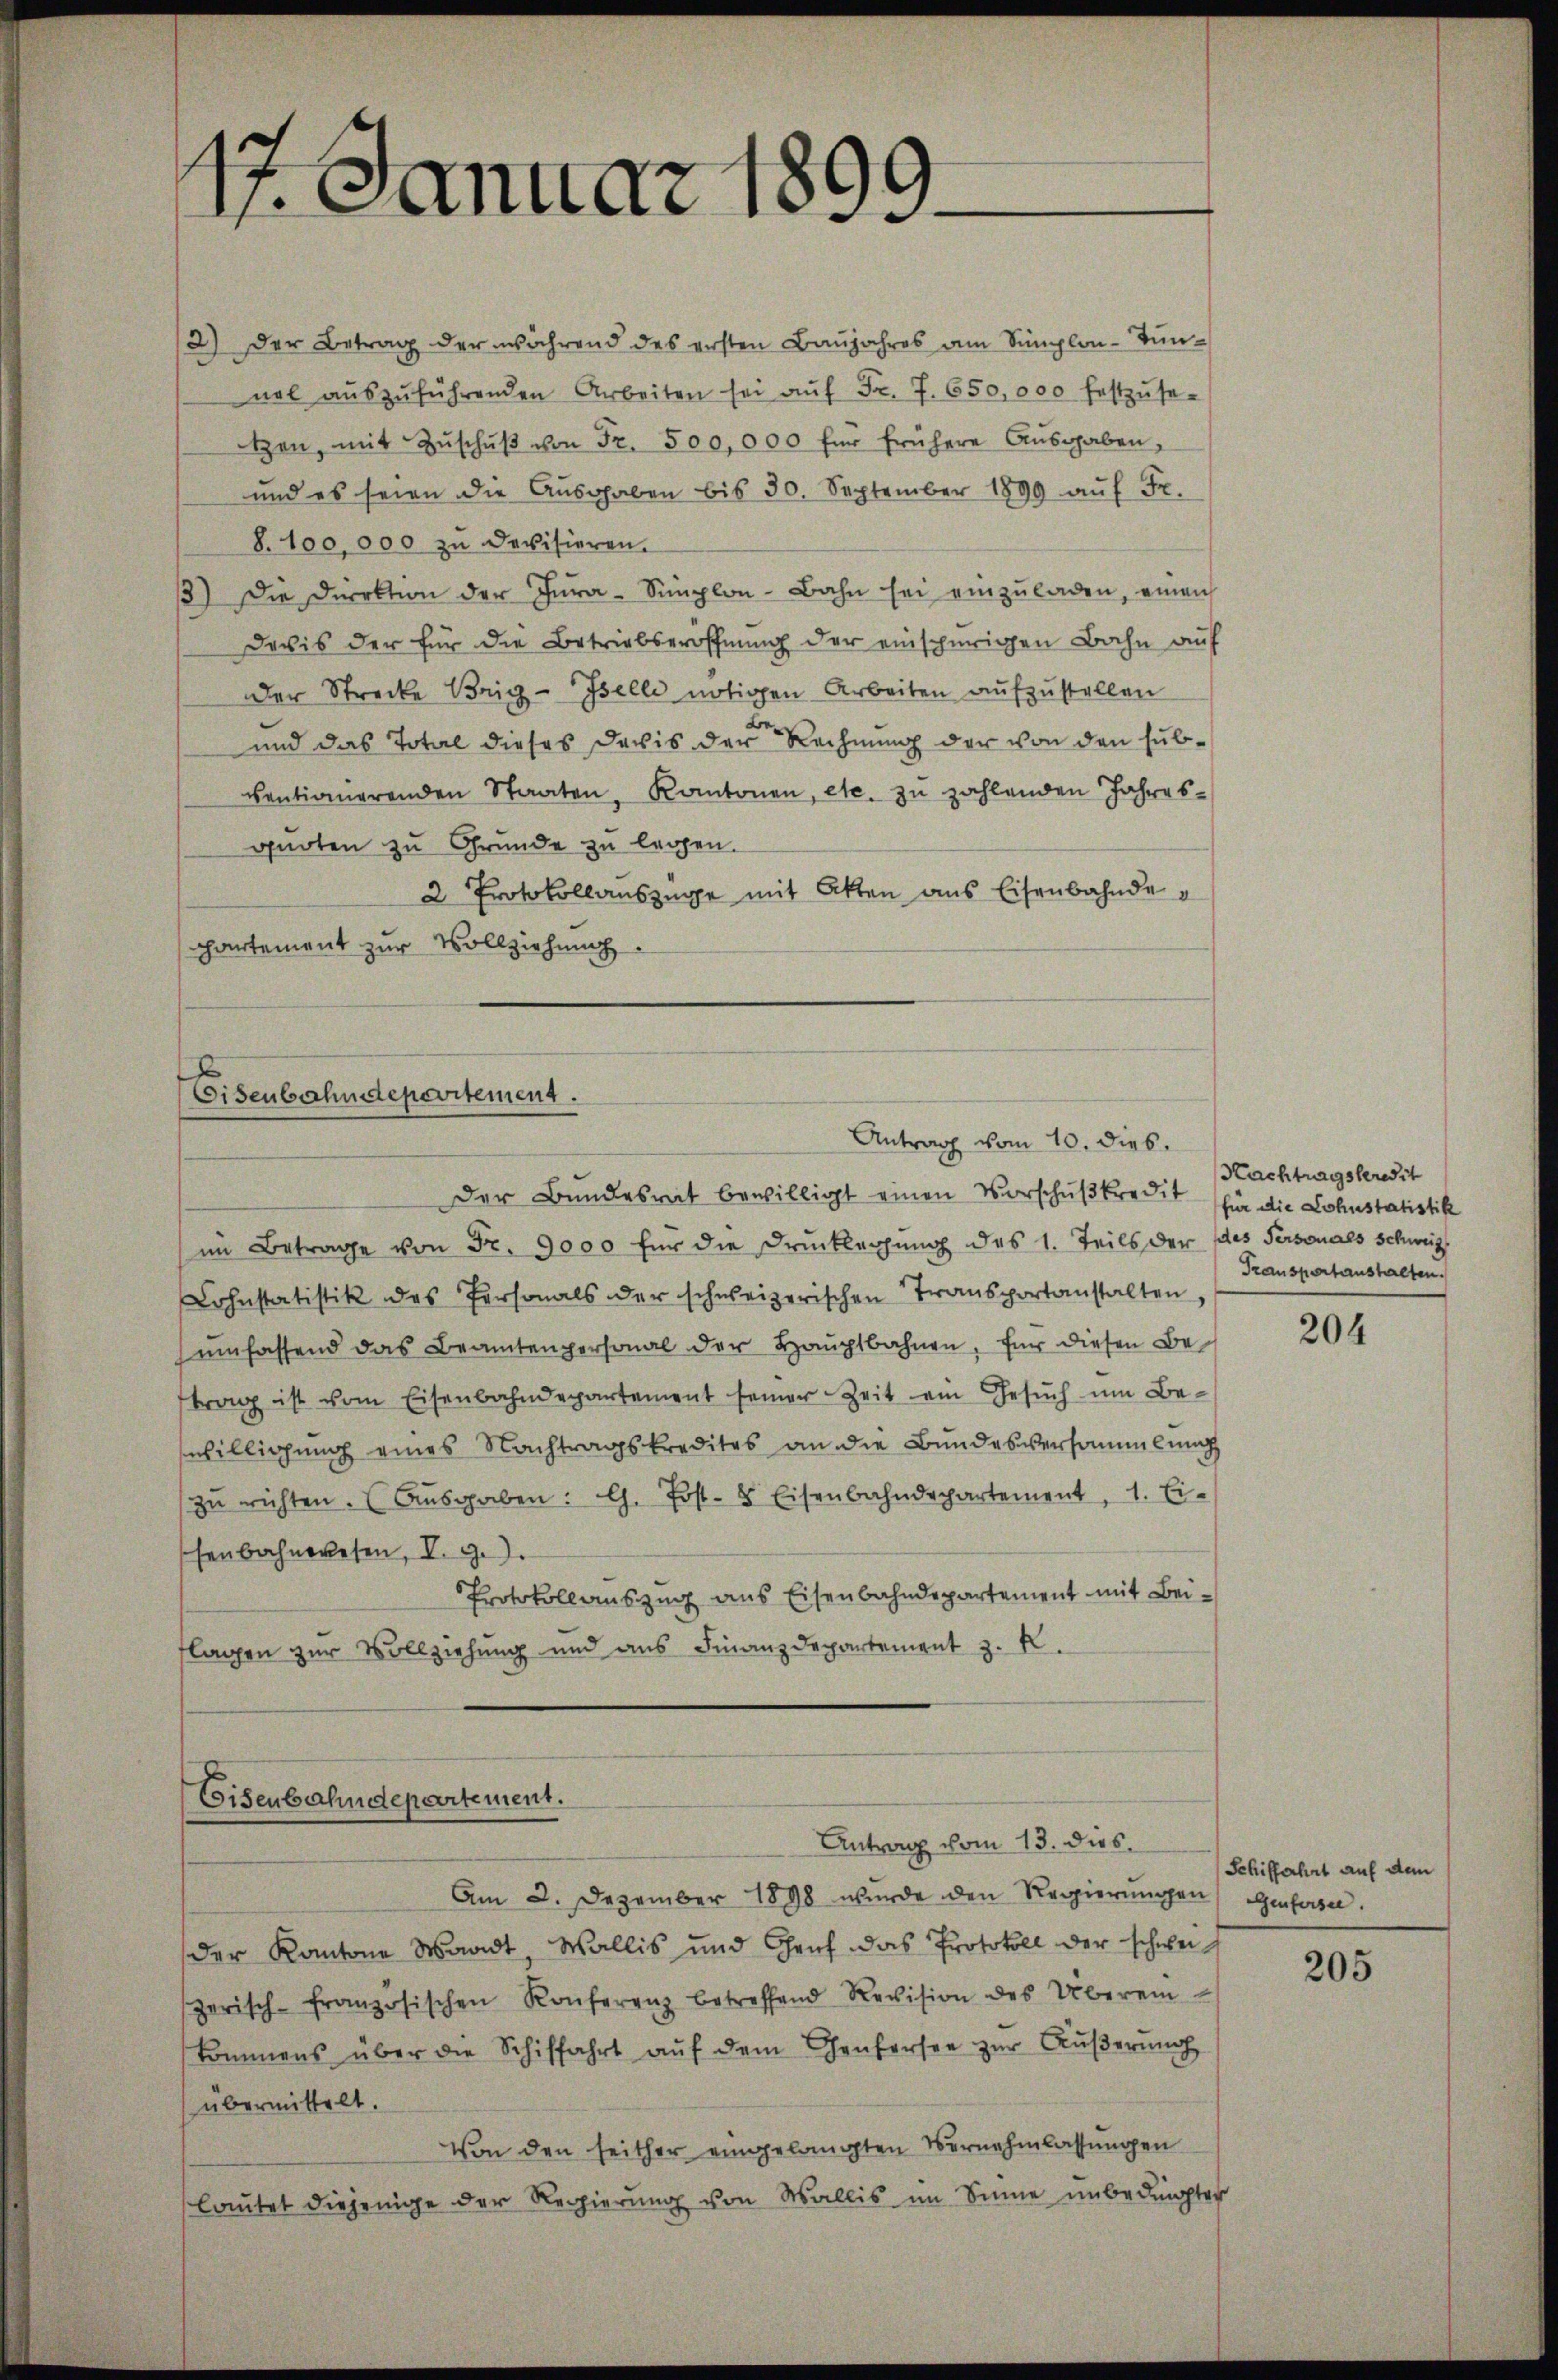
17. Januar 181
9.

12) Der Betrag der während des ersten Baujahres am Simplon-Tunnal aŭszŭführenden Arbeiten sei aŭf Fr. 7. 650,000 festzŭse-
tzen, mit Zŭschŭβ von Fr. 500,000 für frühere Aŭsgaben,
und es seien die Aŭsgaben bis 30. September 1890 aŭf Fr.
8. 100,000 zu devisieren.
) Die Direktion der Tŭra-Simplon-Bahn sei einzŭladen, einen
Devis der für die Betriebseröffnung der einschurigen Bahn auf
Der Strecke Brig-Iselle nötigen Arbeiten aufzustellen
und das Total dieses Davis der Rechnung der von den subventionierenden Staaten, Kantonen, etc. zu zahlenden Jahres
quoten zu Grunde zu legen.
2 Protokollauszüge mit Akten aus Eisenbahnde
partement zur Vollziehung.

Eisenbahndeparitement.
Antrag vom 10. dies

Eisenbahndepartement.
Antrag vom 13. dies

Der Bundesrat bewilligt einen Vorschŭβkredit für die Lohnstatistik
im Betrage von Fr. 9000 für die Druckleihung des 1. Teils der des Personals Schweiz
Lohnstatistik des Personals der schweizerischen Transportanstalten,
ŭmfassend das Beamtenpersonal der Hauptbahnen, für diesen Beftrag ist vom Eisenbahndepartement seiner Zeit ein Gesŭch um Be-
swilligung eines Nachtragskredites an die Bundesversammlung
zŭ richten. (Aŭsgaben: G. Post- & Eisenbahndepartement, 1. Ei-
senbahnwesen, V. G.).
Protokollauszug aus Eisenbahndepartement mit Beiflagen zur Vollziehung und aus Finanzdepartement z. B.

Am 2. Dezember 1898 wurde den Regierŭngen Gefan
der Kantone Waadt Wallis und Graf das Protokoll der schweizerisch-französischen Konferenz betreffend Revision des Überein-
kommens über die Schiffahrt aŭf dem Genfersee zŭr Aŭβerŭng
übermittelt.
Von den seither eingelangten Vernehmlassungen
lautet diejenige der Regierung von Wallis im Sinne unbedingter

Nachtragsberedit
Transportaushalten.

204

Schiffahrt auf dem

205